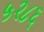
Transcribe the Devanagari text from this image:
५२८६